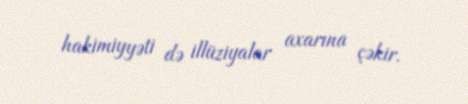
hakimiyyəti də illüziyalar axarına çəkir.